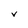
Character: V